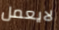
لايعمل